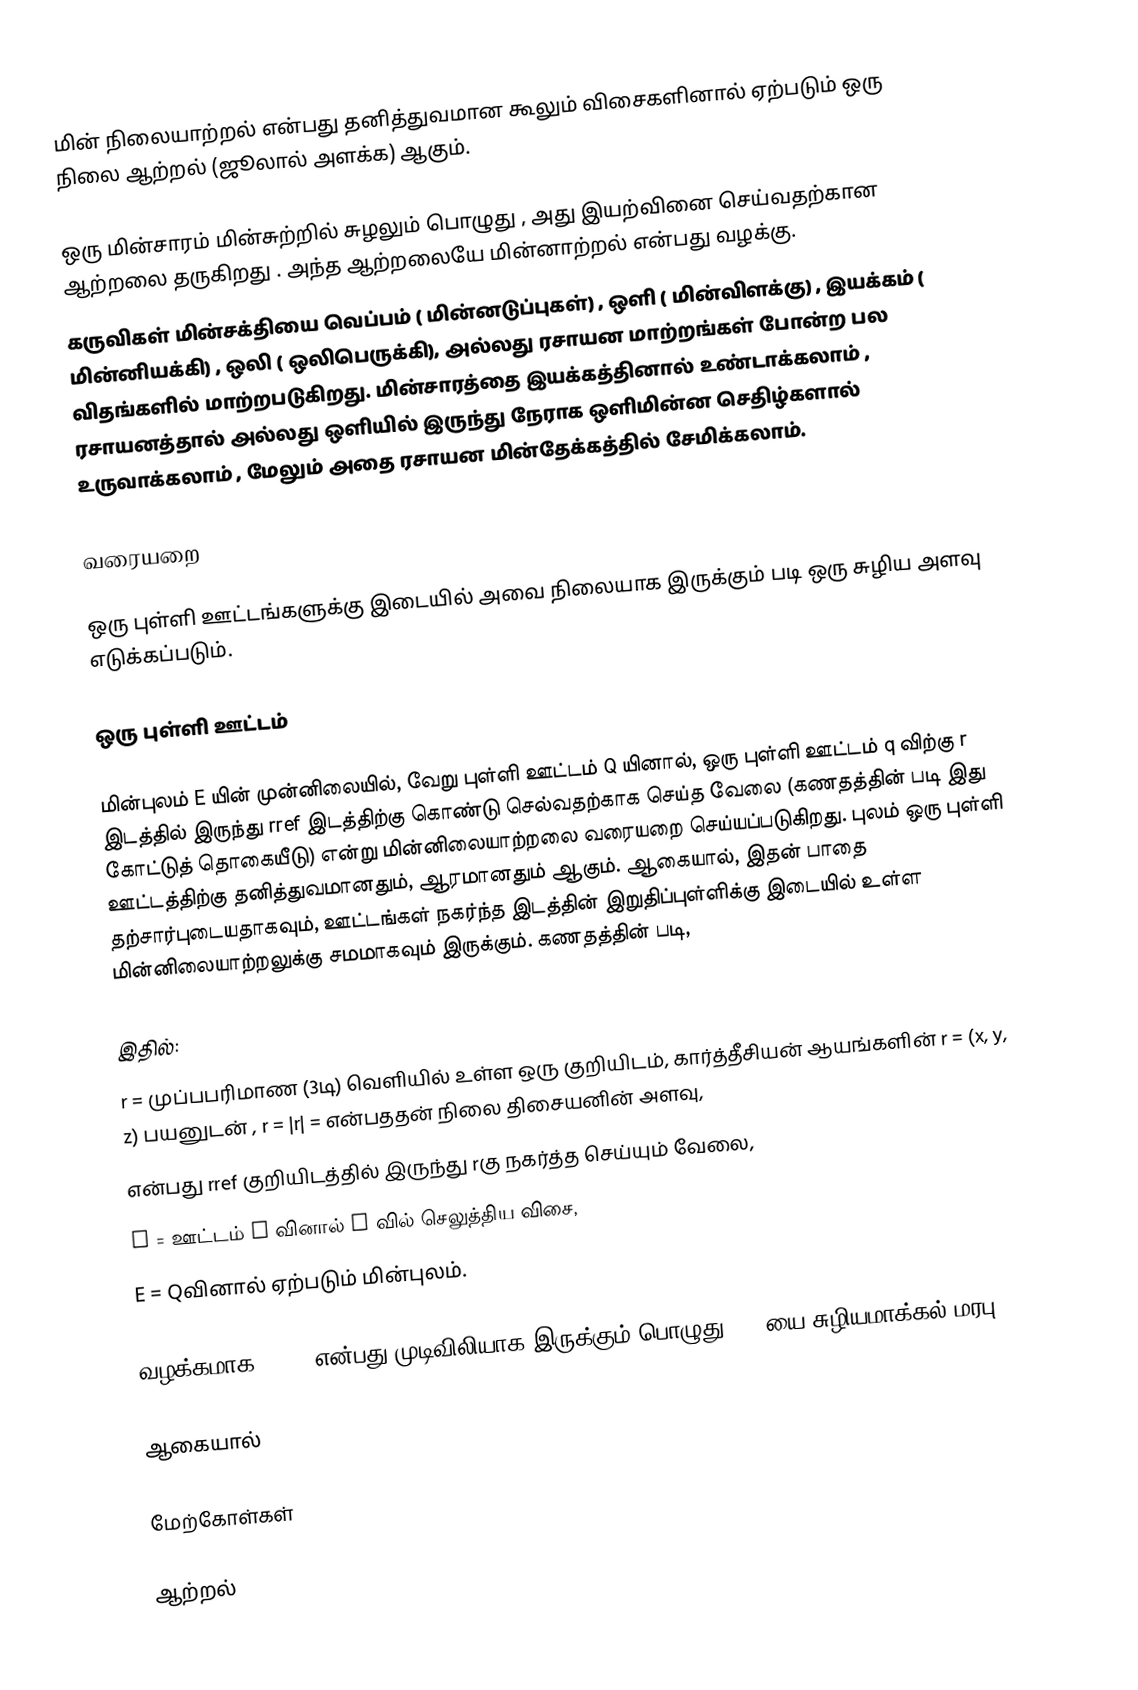
மின் நிலையாற்றல் என்பது தனித்துவமான கூலும் விசைகளினால் ஏற்படும் ஒரு நிலை ஆற்றல் (ஜூலால் அளக்க) ஆகும்.

ஒரு மின்சாரம் மின்சுற்றில் சுழலும் பொழுது , அது இயற்வினை செய்வதற்கான ஆற்றலை தருகிறது . அந்த ஆற்றலையே மின்னாற்றல் என்பது வழக்கு.
கருவிகள் மின்சக்தியை  வெப்பம் ( மின்னடுப்புகள்) , ஒளி ( மின்விளக்கு) , இயக்கம் ( மின்னியக்கி) , ஒலி ( ஒலிபெருக்கி), அல்லது ரசாயன மாற்றங்கள் போன்ற  பல விதங்களில் மாற்றபடுகிறது. மின்சாரத்தை இயக்கத்தினால் உண்டாக்கலாம் , ரசாயனத்தால் அல்லது ஒளியில் இருந்து நேராக ஒளிமின்ன செதிழ்களால் உருவாக்கலாம் , மேலும் அதை ரசாயன மின்தேக்கத்தில் சேமிக்கலாம்.

வரையறை

ஒரு புள்ளி ஊட்டங்களுக்கு இடையில் அவை நிலையாக இருக்கும் படி ஒரு சுழிய அளவு எடுக்கப்படும்.

ஒரு புள்ளி ஊட்டம்

மின்புலம் E யின் முன்னிலையில், வேறு புள்ளி ஊட்டம் Q யினால், ஒரு புள்ளி ஊட்டம் q விற்கு r இடத்தில் இருந்து rref இடத்திற்கு கொண்டு செல்வதற்காக செய்த வேலை (கணதத்தின் படி இது கோட்டுத் தொகையீடு) என்று மின்னிலையாற்றலை வரையறை செய்யப்படுகிறது. புலம் ஒரு புள்ளி ஊட்டத்திற்கு தனித்துவமானதும், ஆரமானதும் ஆகும். ஆகையால், இதன் பாதை தற்சார்புடையதாகவும், ஊட்டங்கள் நகர்ந்த இடத்தின் இறுதிப்புள்ளிக்கு இடையில் உள்ள மின்னிலையாற்றலுக்கு சமமாகவும் இருக்கும். கணதத்தின் படி,

இதில்:
r = முப்பபரிமாண (3டி) வெளியில் உள்ள ஒரு குறியிடம், கார்த்தீசியன் ஆயங்களின் r = (x, y, z) பயனுடன் , r = |r| = என்பததன் நிலை திசையனின் அளவு,
 என்பது rref குறியிடத்தில் இருந்து rகு நகர்த்த செய்யும் வேலை,
F = ஊட்டம் Q வினால் q வில் செலுத்திய விசை,
E = Qவினால் ஏற்படும் மின்புலம்.

வழக்கமாக, rref என்பது முடிவிலியாக இருக்கும் பொழுது, UE யை சுழியமாக்கல் மரபு :

ஆகையால்

மேற்கோள்கள்

ஆற்றல்